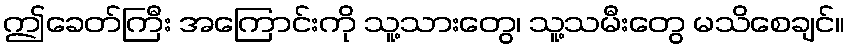
ဤခေတ်ကြီး အကြောင်းကို သူ့သားတွေ၊ သူ့သမီးတွေ မသိစေချင်။